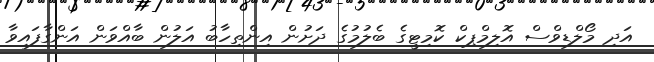
އަދި މޯލްޑިވްސް އޮލިމްޕިކް ކޮމިޓީގެ ބެލުމުގެ ދަށުން އިންތިހާބު އަލުން ބާއްވަން އަންގާފައިވާ